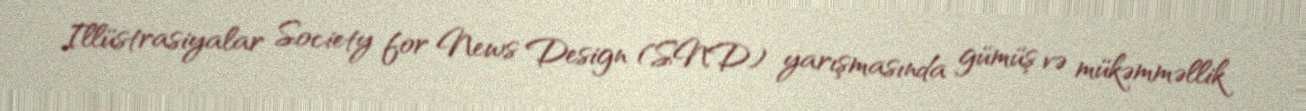
Illüstrasiyalar Society for News Design (SND) yarışmasında gümüş və mükəmməllik